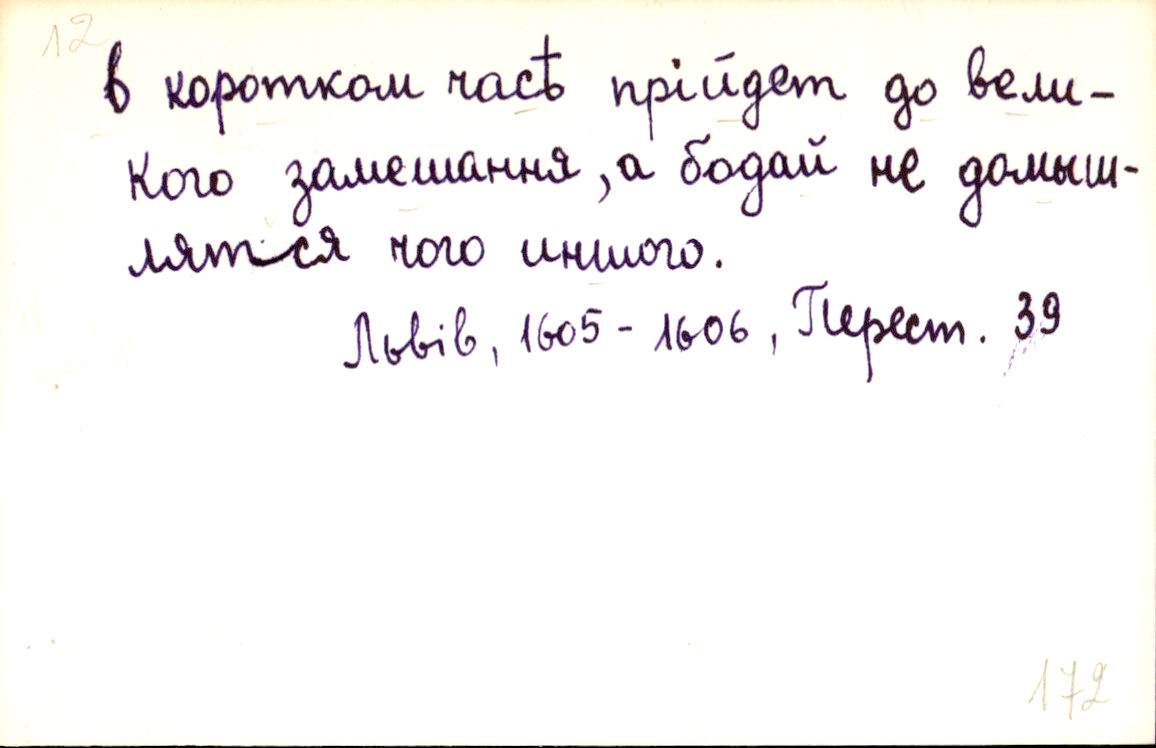
в короткомъ часѣ прійдет до вели-
кого замешання, а бодай не домыш-
лятся чого иншого.
Львів, 1605-1606, Перест. 39